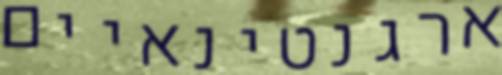
ארגנטינאיים